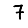
Digit: 7